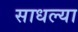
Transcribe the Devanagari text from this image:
साधल्या